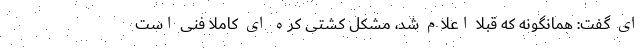
ای گفت: همانگونه که قبلا اعلام شد، مشکل کشتی کره ای کاملا فنی است